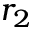
r _ { 2 }